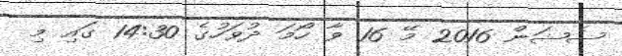
ސެޝަން 2016 މޭ 16 ވާ ހޯމަ ދުވަހުގެ 14:30 ގައި މި